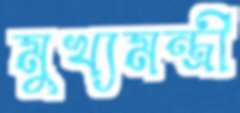
মুখ্যমন্ত্রী